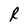
Character: R